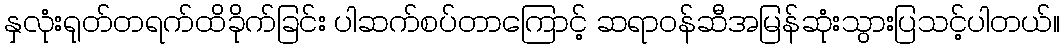
နှလုံးရုတ်တရက်ထိခိုက်ခြင်း ပါဆက်စပ်တာကြောင့် ဆရာဝန်ဆီအမြန်ဆုံးသွားပြသင့်ပါတယ်။